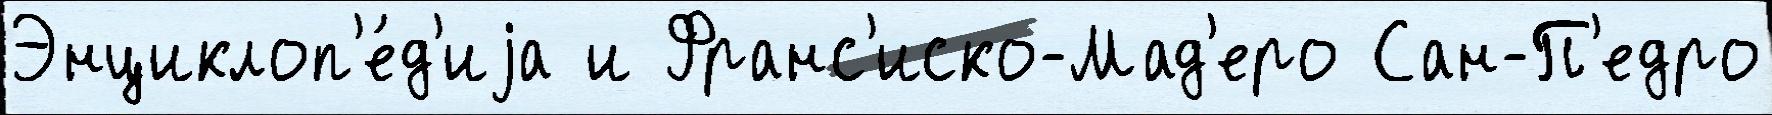
Энциклоп'е́д'иjа и Франс'иско-Мад'еро Сан-П'едро